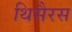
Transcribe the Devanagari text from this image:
थिसैरस